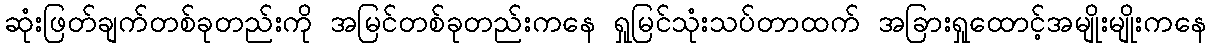
ဆုံးဖြတ်ချက်တစ်ခုတည်းကို အမြင်တစ်ခုတည်းကနေ ရှုမြင်သုံးသပ်တာထက် အခြားရှုထောင့်အမျိုးမျိုးကနေ